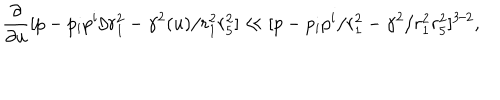
{ \frac { \partial } { \partial u } } [ p - p _ { i } p ^ { i } / r _ { 1 } ^ { 2 } - \gamma ^ { 2 } ( u ) / r _ { 1 } ^ { 2 } r _ { 5 } ^ { 2 } ] \ll [ p - p _ { i } p ^ { i } / r _ { 1 } ^ { 2 } - \gamma ^ { 2 } / r _ { 1 } ^ { 2 } r _ { 5 } ^ { 2 } ] ^ { 3 / 2 } ,